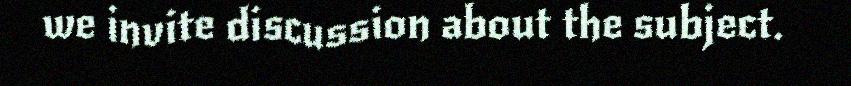
we invite discussion about the subject.